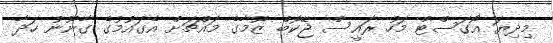
މިދިޔަ އޯގަސްޓް މަހު ރައީސް ޖޭކޮބް ޒޫމާގެ މައްޗަށް އެގައުމުގެ ގާނޫނު ހަދާ